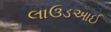
લાઉડઆઈ